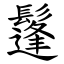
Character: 鬔